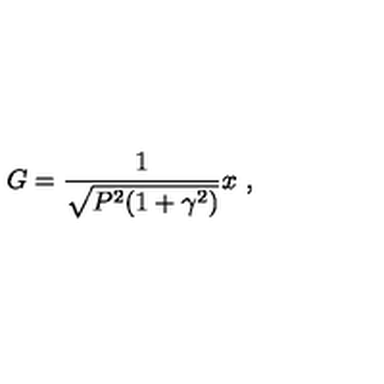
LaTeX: G = \frac { 1 } { \sqrt { P ^ { 2 } ( 1 + \gamma ^ { 2 } ) } } x \ ,